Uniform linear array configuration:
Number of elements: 16
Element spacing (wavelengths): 1
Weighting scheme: cosine
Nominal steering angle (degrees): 45
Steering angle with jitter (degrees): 45.654
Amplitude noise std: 0.05
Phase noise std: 0.05

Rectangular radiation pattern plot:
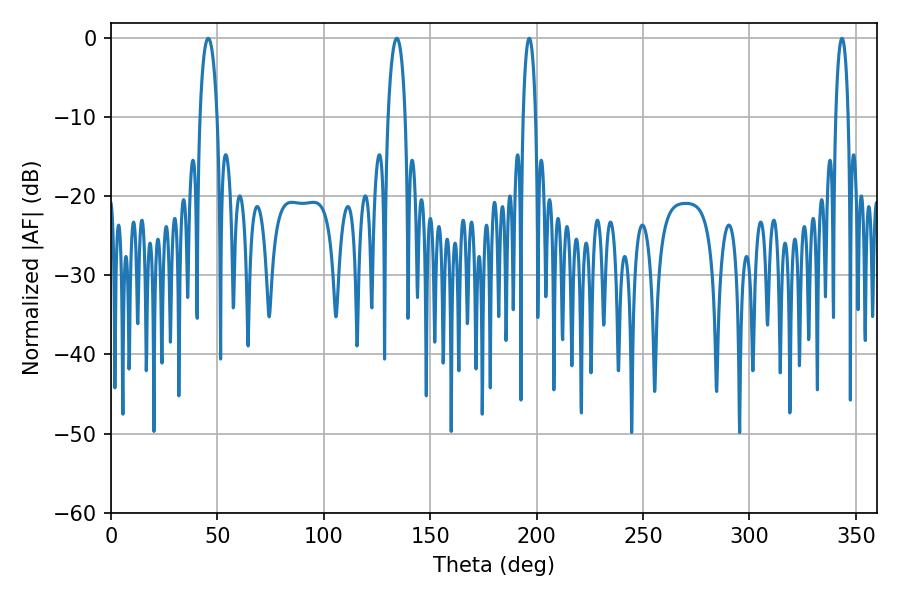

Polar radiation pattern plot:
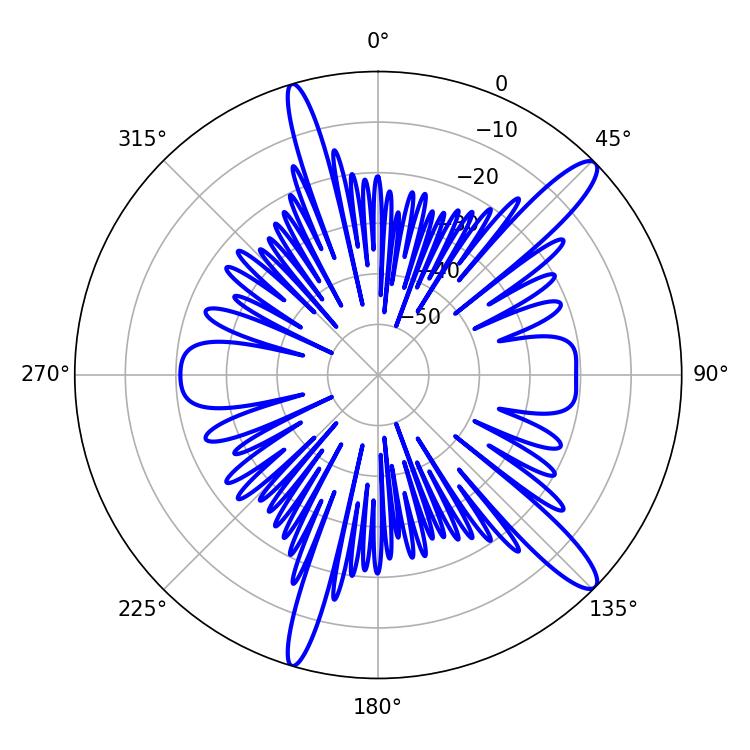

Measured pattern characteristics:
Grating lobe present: TRUE
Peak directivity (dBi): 13.426
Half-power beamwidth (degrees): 4.68
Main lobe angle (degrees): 45.72